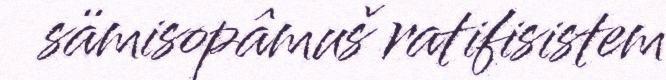
sämisopâmuš ratifisistem